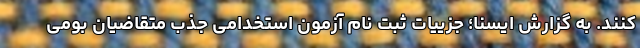
کنند. به گزارش ایسنا؛ جزییات ثبت نام آزمون استخدامی جذب متقاضیان بومی